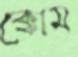
ক্কোম